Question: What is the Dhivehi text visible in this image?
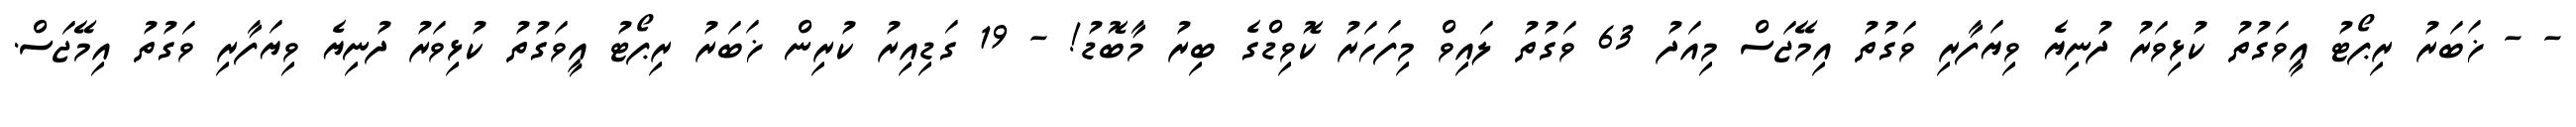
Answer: - - ޚަބަރު ރިޕޯޓު އީވަގުތު ކުޅިވަރު ދުނިޔެ ވިޔަފާރި ވަގުތު އިމޭޖަސް މިއަދު 63 ވަގުތު ލައިވް މިފަހަރު ކޮވިޑްގެ ބިރު މާބޮޑު! - 19 ގަޑިއިރު ކުރިން ޚަބަރު ރިޕޯޓު އީވަގުތު ކުޅިވަރު ދުނިޔެ ވިޔަފާރި ވަގުތު އިމޭޖަސް.